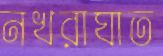
নখরাঘাত